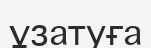
ұзатуға